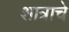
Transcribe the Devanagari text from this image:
शात्राचे